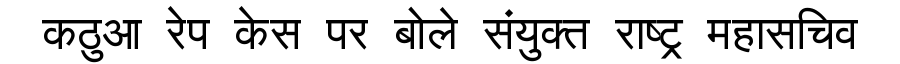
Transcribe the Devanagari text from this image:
कठुआ रेप केस पर बोले संयुक्त राष्ट्र महासचिव